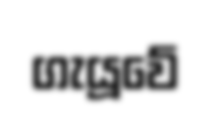
ගැයූවේ